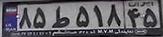
۸۵ط۵۱۸۴۵